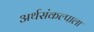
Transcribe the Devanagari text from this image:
अर्थसंकल्पाला